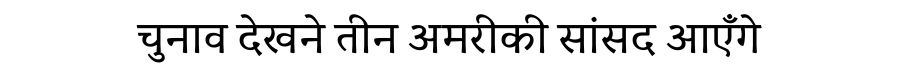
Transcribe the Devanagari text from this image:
चुनाव देखने तीन अमरीकी सांसद आएँगे